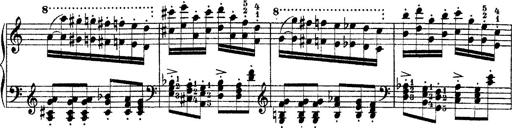
Title: Ã‰tudes d'exÃ©cution transcendante d'aprÃ¨s Paganini
Composer: Franz Liszt